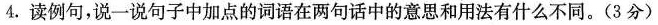
4.读例句，说一说句子中加点的词语在两句话中的意思和用法有什么不同。(3分)